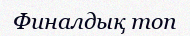
Финалдық топ